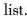
list.